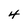
Character: 4